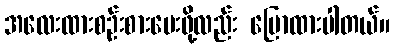
အလေးထားစဉ်းစားပေးဖို့လည်း ပြောထားပါတယ်။